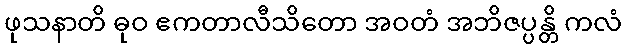
ဖုသနာတိ ဓုဝ ဧကတာလီသိတော အဝတံ အဘိဇပ္ပန္တိ ကလံ